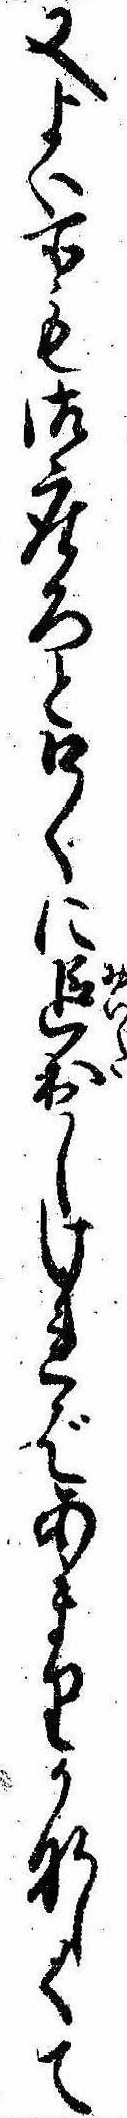
又よい所も御座ろと口〱に追出しければあまりかなしくて